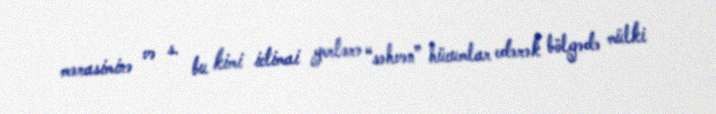
mərasiminə və s. bu kimi ictimai yerlərə “səhvən” hücumlar edərək bölgədə mülki